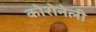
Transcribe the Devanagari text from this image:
कोरोनेली